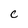
Character: C